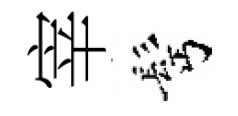
宰髩